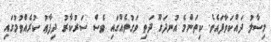
މިސާލު ދައްކަވާފައެވެ. ކިތަންމެ އުނދަގޫ ދަތި ވަގުތެއްގައި ވެސް ސަރުކާރު ދިފާޢު ކުރެއްވުމުގައި